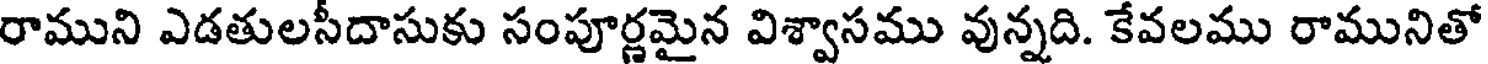
రాముని ఎడతులసీదాసుకు సంపూర్ణమైన విశ్వాసము వున్నది. కేవలము రామునితో